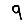
Digit: 9